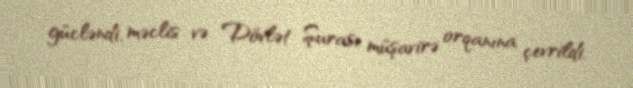
gücləndi, məclis və Dövlət Şurası müşavirə orqanına çevrildi.